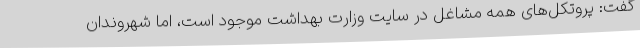
گفت: پروتکل‌های همه مشاغل در سایت وزارت بهداشت موجود است، اما شهروندان